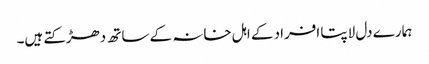
ہمارے دل لاپتا افراد کے اہل خانہ کے ساتھ دھڑکتے ہیں۔